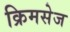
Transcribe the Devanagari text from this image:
क्रिमसेज